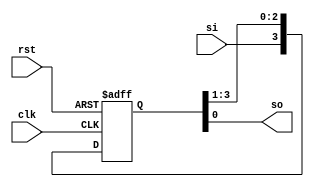
module siso(so,si,clk,rst);
output so;
input si,clk,rst;
reg [3:0]q;
always @ (posedge clk or posedge rst)
begin
if(rst)
q<=4'b0;
else
q<={si,q[3:1]};
end
assign so=q[0];
endmodule